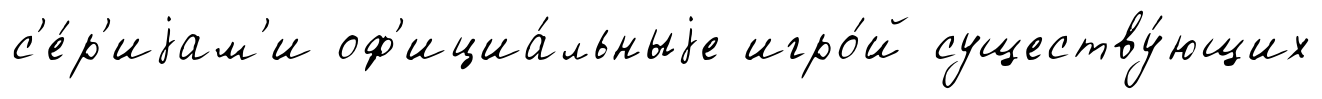
с'е́р'иjам'и оф'ициа́льныjе игро́й существу́ющих